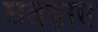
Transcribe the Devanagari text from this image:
घबड़ाए